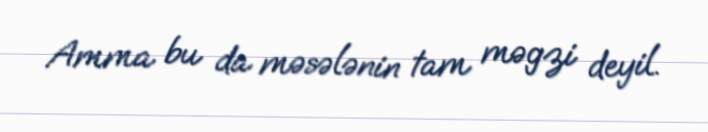
Amma bu da məsələnin tam məgzi deyil.